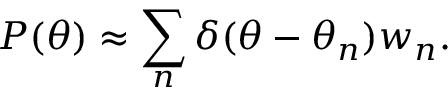
P ( \theta ) \approx \sum _ { n } \delta ( \theta - \theta _ { n } ) w _ { n } .